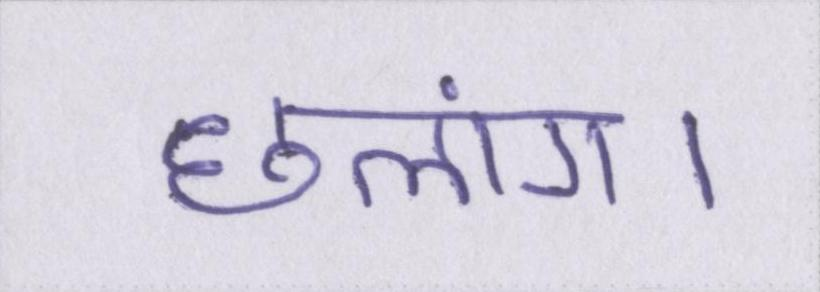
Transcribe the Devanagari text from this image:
छलांग।